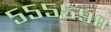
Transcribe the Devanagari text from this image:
५५५५९८